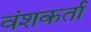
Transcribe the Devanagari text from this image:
वंशकर्ता